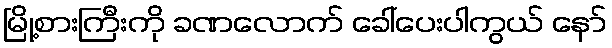
မြို့စားကြီးကို ခဏလောက် ခေါ်ပေးပါကွယ် နော်